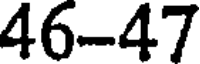
46-47